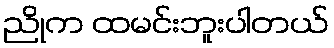
ညိုက ထမင်းဘူးပါတယ်